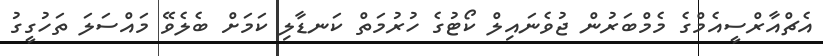
އެޗްއާރްސީއެމްގެ މެމްބަރުން ޖުވެނައިލް ކޯޓުގެ ހުރުމަތް ކަނޑާލި ކަމަށް ބެލެވޭ މައްސަލަ ތަހުގީގު